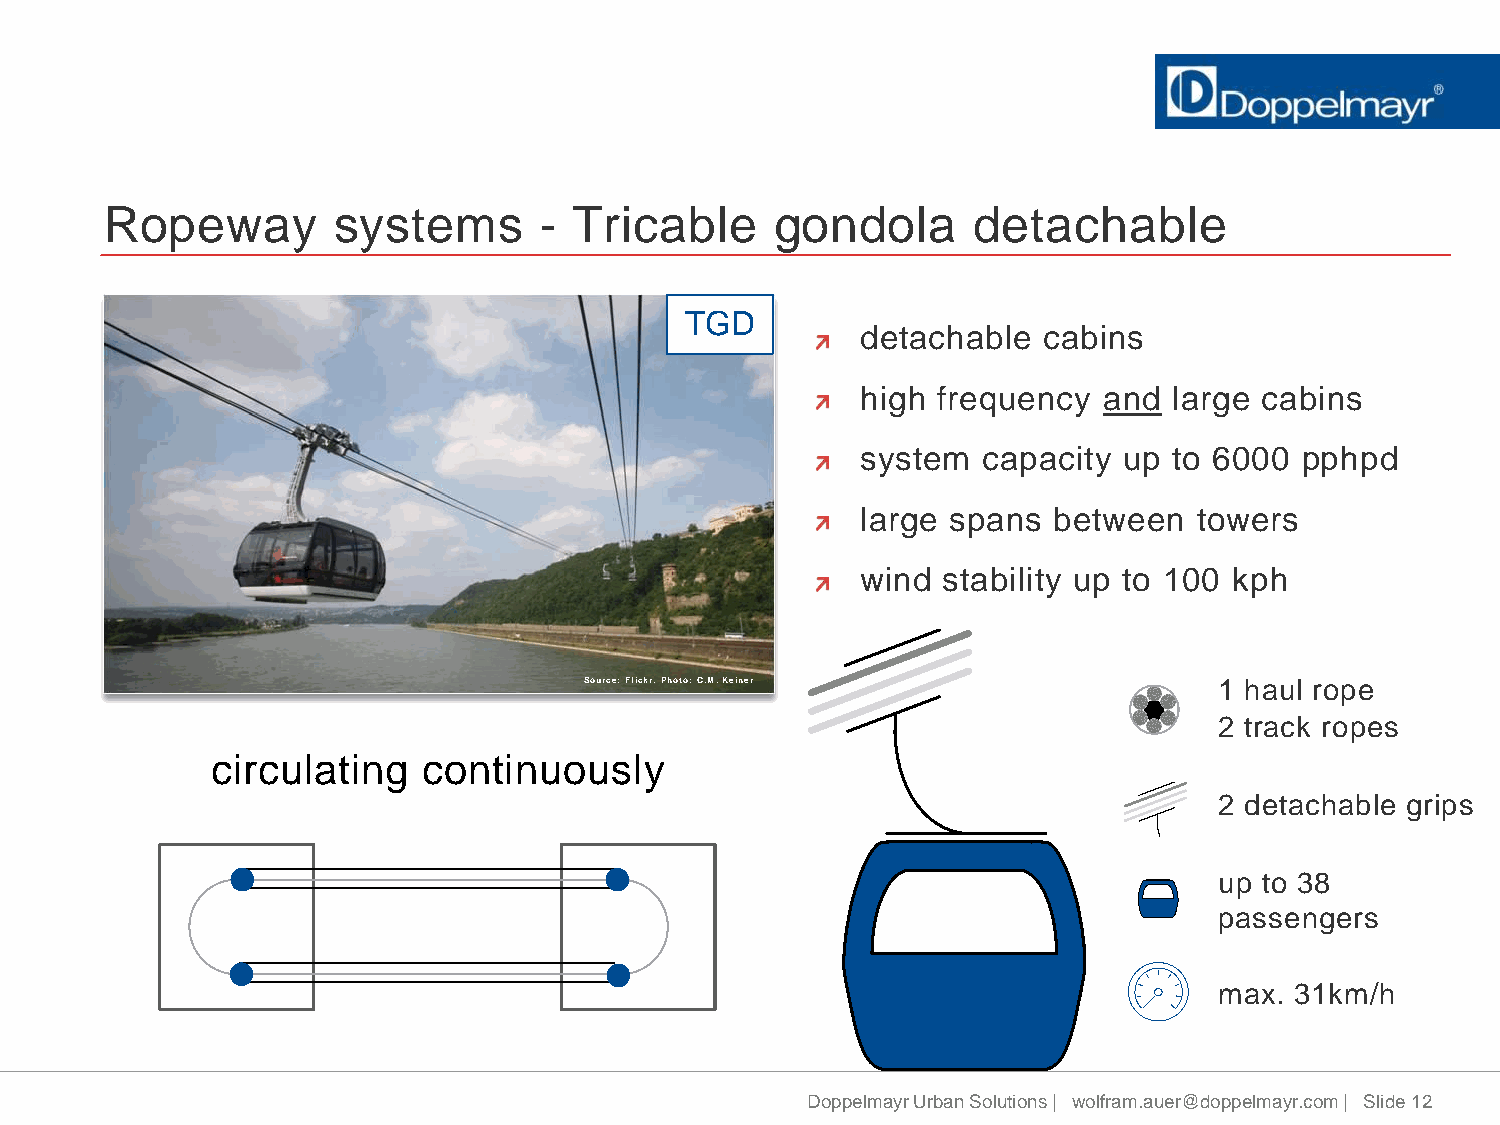
Ropeway        systems       - Tricable     gondola      detachable
 TGD
 detachable  cabins
 high frequency  and  large cabins
 system  capacity up  to 6000 pphpd
 large spans  between  towers
 wind stability up to 100 kph
 Source: Flickr. Photo: C.M. Keiner        1 haul rope
 2 track ropes
 circulating   continuously
 2 detachable grips
 up to 38
 passengers
 max. 31km/h
 Doppelmayr Urban Solutions | wolfram.auer@doppelmayr.com | Slide 12